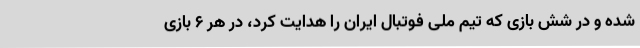
شده و در شش بازی که تیم ملی فوتبال ایران را هدایت کرد، در هر 6 بازی